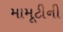
મામૂટીની